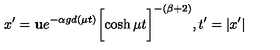
x ^ { \prime } = { \bf u } e ^ { - \alpha g d ( \mu t ) } \biggl [ \cosh { \mu t } \biggr ] ^ { - ( \beta + 2 ) } , t ^ { \prime } = | x ^ { \prime } |